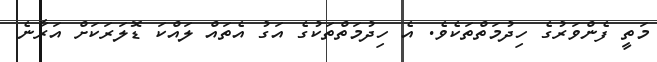
މަތީ ފެންވަރުގެ ހިދުމަތްތަކެވެ. އެ ހިދުމަތްތަކުގެ އަގު އެތައް ލައްކަ ޑޮލަރަކަށް އަރާނެ